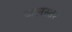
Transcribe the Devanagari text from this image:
जलस्‍तर